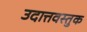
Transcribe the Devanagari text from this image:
उदात्तवस्तुक